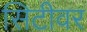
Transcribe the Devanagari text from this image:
सिटीवर